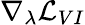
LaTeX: \nabla_{\mathbf{\lambda}}\mathcal{L}_{VI}